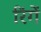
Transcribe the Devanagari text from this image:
रिंगें